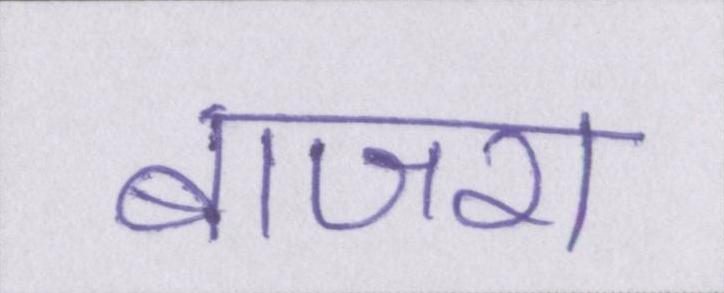
बाजरा